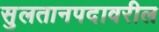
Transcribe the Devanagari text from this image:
सुलतानपदावरील